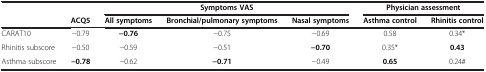
|  |  | <COLSPAN=3> Symptoms VAS | <COLSPAN=2> Physician assessment |
 |  | ACQ5 | All symptoms | Bronchial/pulmonary symptoms | Nasal symptoms | Asthma control | Rhinitis control |
 | --- | --- | --- | --- | --- | --- | --- |
 | CARAT10 | −0.79 | −0.76 | −0.75 | −0.69 | 0.58 | 0.34* |
 | Rhinitis subscore | −0.50 | −0.59 | −0.51 | −0.70 | 0.35* | 0.43 |
 | Asthma subscore | −0.78 | −0.62 | −0.71 | −0.49 | 0.65 | 0.24# |